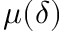
\mu ( \delta )